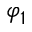
\varphi _ { 1 }